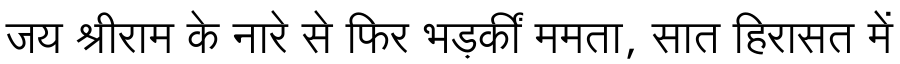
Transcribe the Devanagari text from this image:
जय श्रीराम के नारे से फिर भड़कीं ममता, सात हिरासत में